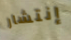
إنتشار